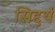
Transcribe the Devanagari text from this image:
सिद्दर्थ